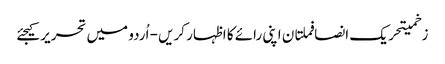
زخمیتحریک انصافملتان اپنی رائے کا اظہار کریں - اُردو میں تحریر کیجئے